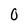
Character: 0